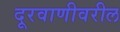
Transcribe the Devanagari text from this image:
दूरवाणीवरील